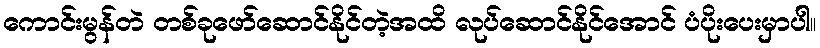
ကောင်းမွန်တဲ တစ်ခုဖော်ဆောင်နိုင်တဲ့အထိ လုပ်ဆောင်နိုင်အောင် ပံပိုးပေးမှာပါ။